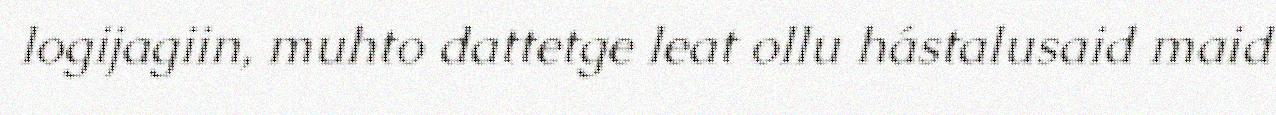
logijagiin, muhto dattetge leat ollu hástalusaid maid